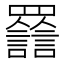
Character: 𧮀